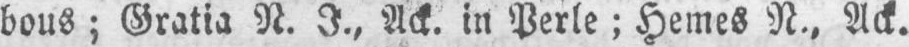
Ack. in Perle; Hemes N.‚ Ack.